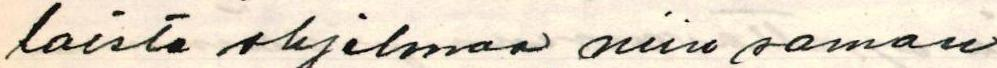
laista ohjelmaa, niin saman